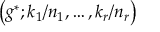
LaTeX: \left( g ^ { * } ; k _ { 1 } / n _ { 1 } , \ldots , k _ { r } / n _ { r } \right)